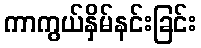
ကာကွယ်နှိမ်နင်းခြင်း